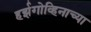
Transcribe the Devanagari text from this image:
हर्झगोव्हिनाच्या